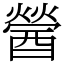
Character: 醟